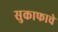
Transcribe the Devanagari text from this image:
सुकाफाचे